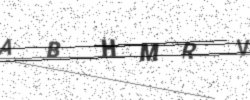
Text: ABHMRV